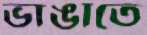
ভাঙাতে